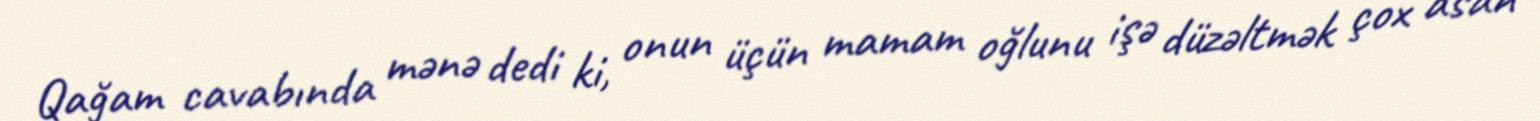
Qağam cavabında mənə dedi ki, onun üçün mamam oğlunu işə düzəltmək çox asan